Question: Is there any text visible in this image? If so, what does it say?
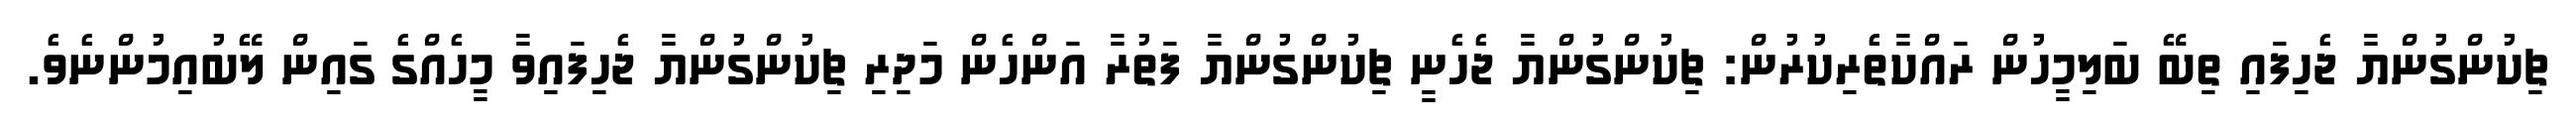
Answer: ޗިކުންގުންޔާ ޖެހިފައި ތިބޭ ބަލިމީހުން ރައްކާތެރިކުރުން: ޗިކުންގުންޔާ ޖެހެނީ ޗިކުންގުންޔާ ފަތުރާ އަންހެން މަދިރި ޗިކުންގުންޔާ ޖެހިފައިވާ މީހެއްގެ ގައިން ލޭބުއިމުންނެވެ.